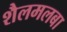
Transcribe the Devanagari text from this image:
शैलमलबा